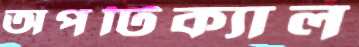
অপটিক্যাল